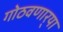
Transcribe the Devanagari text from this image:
गोठवणार्‍या